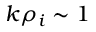
k \rho _ { i } \sim 1